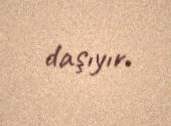
daşıyır.